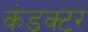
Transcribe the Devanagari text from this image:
कंडक्‍टर